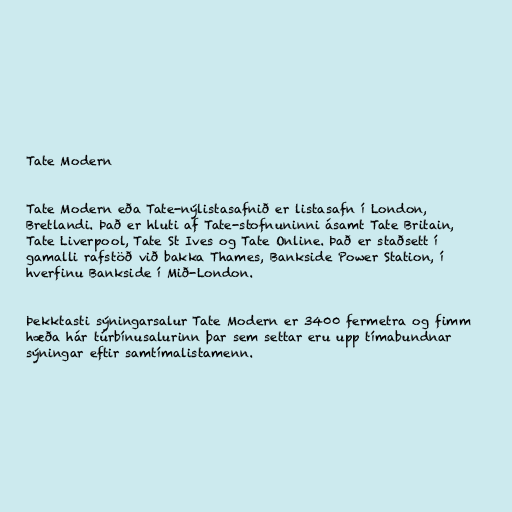
Tate Modern

Tate Modern eða Tate-nýlistasafnið er listasafn í London,
Bretlandi. Það er hluti af Tate-stofnuninni ásamt Tate Britain,
Tate Liverpool, Tate St Ives og Tate Online. Það er staðsett í
gamalli rafstöð við bakka Thames, Bankside Power Station, í
hverfinu Bankside í Mið-London.

Þekktasti sýningarsalur Tate Modern er 3400 fermetra og fimm
hæða hár túrbínusalurinn þar sem settar eru upp tímabundnar
sýningar eftir samtímalistamenn.